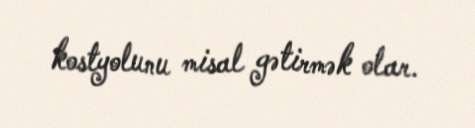
kostyolunu misal gətirmək olar.